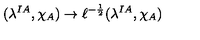
( \lambda ^ { I A } , \chi _ { A } ) \rightarrow \ell ^ { - { \frac { 1 } { 2 } } } ( \lambda ^ { I A } , \chi _ { A } )